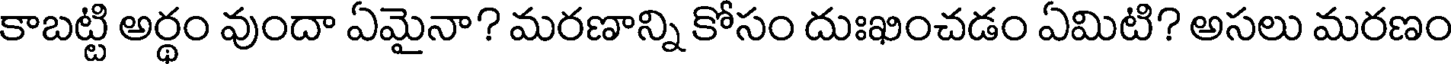
కాబట్టి అర్థం వుందా ఏమైనా? మరణాన్ని కోసం దుఃఖించడం ఏమిటి? అసలు మరణం